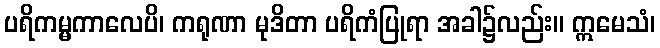
ပရိကမ္မကာလေပိ၊ ကရုဏာ မုဒိတာ ပရိကံပြုရာ အခါ၌လည်း။ ဣမေသံ၊